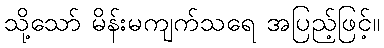
သို့သော် မိန်းမကျက်သရေ အပြည့်ဖြင့်။